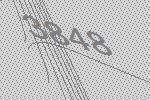
3848